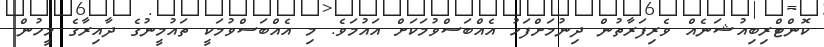
ކޮންޓްރިބިއުޝަނެއް ވެރިފަރާތުން ދިނުމަށްފަހު އެއްބަސްވުމަކަށް އައުމަވެ. މި އެއްބަސްވުމަކީ ތައުމީނުގެ ދާއިރާގެ މީހުން